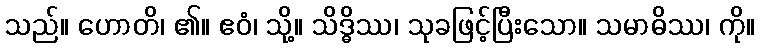
သည်။ ဟောတိ၊ ၏။ ဧဝံ၊ သို့။ သိဒ္ဓိဿ၊ သုခဖြင့်ပြီးသော။ သမာဓိဿ၊ ကို။